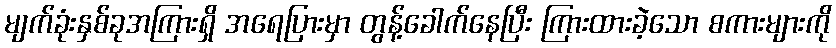
မျက်ခုံးနှစ်ခုအကြားရှိ အရေပြားမှာ တွန့်ခေါက်နေပြီး ကြားထားခဲ့သော စကားများကို